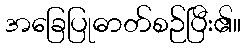
အခြေပြုဓာတ်စဉ်ပြီး၏။